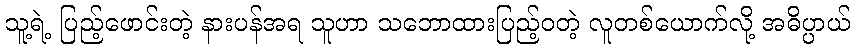
သူ့ရဲ့ ပြည့်ဖောင်းတဲ့ နားပန်အရ သူဟာ သဘောထားပြည့်ဝတဲ့ လူတစ်ယောက်လို့ အဓိပ္ပာယ်